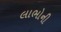
લાભોની